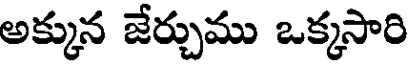
అక్కున జేర్చుము ఒక్కసారి